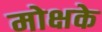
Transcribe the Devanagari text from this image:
मोक्षके